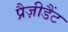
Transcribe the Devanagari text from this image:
प्रैज़ीडैंट